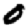
Digit: 0